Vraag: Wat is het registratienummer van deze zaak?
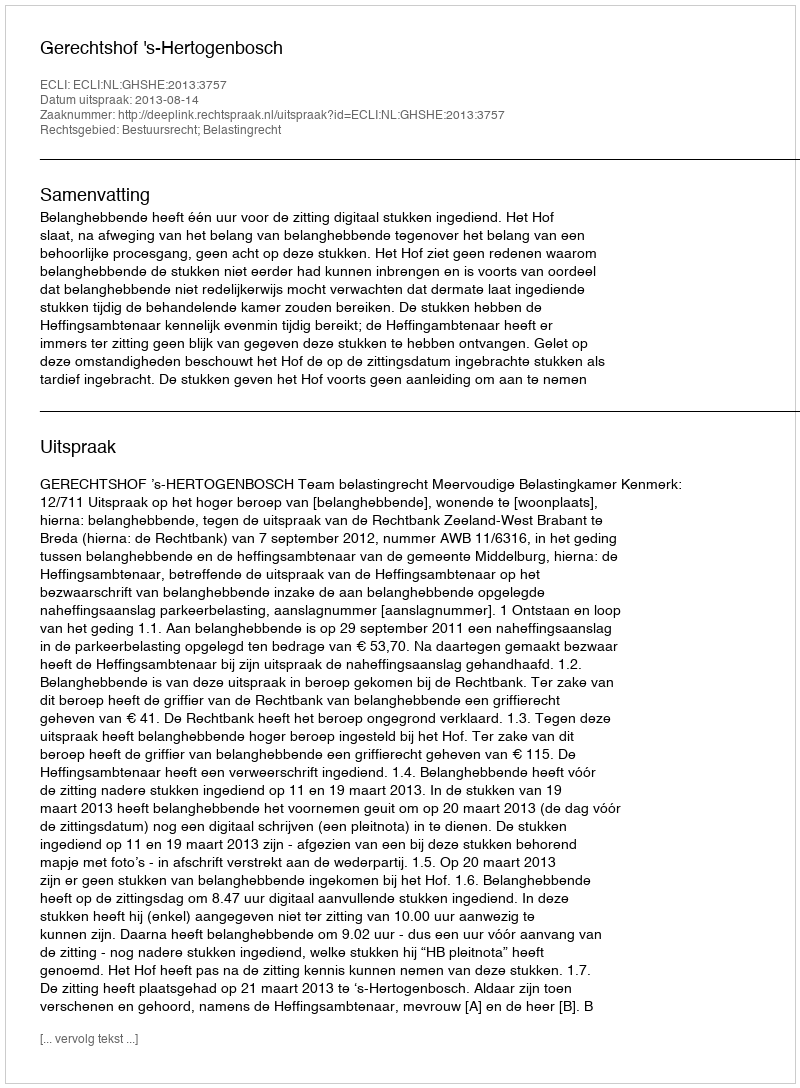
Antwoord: http://deeplink.rechtspraak.nl/uitspraak?id=ECLI:NL:GHSHE:2013:3757